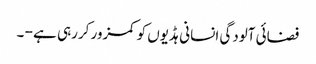
فضائی آلودگی انسانی ہڈیوں کو کمزور کررہی ہے - ۔